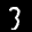
Label: 3